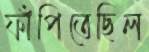
ফাঁপিতেছিল